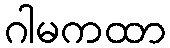
ဂါမကထာ